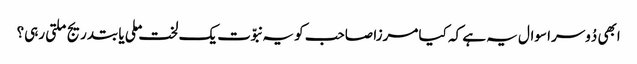
ابھی دُوسرا سوال یہ ہے کہ کیا مرزا صاحب کو یہ نبوّت یک لخت ملی یا بتدریج ملتی رہی؟